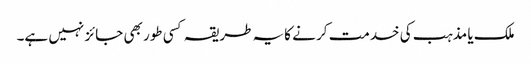
ملک یا مذہب کی خدمت کر نے کایہ طریقہ کسی طور بھی جائز نہیں ہے۔